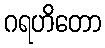
ဂရဟိတော